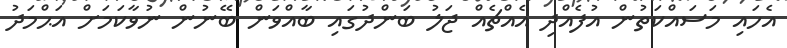
އެހައި މަސައްކަތުން އުފެއްދި އެއްޗެއް ޖަލު ބަންދުގައި ބާއްވަން ބޭނުން ނުވާކަމަށް އަޙްމަދު